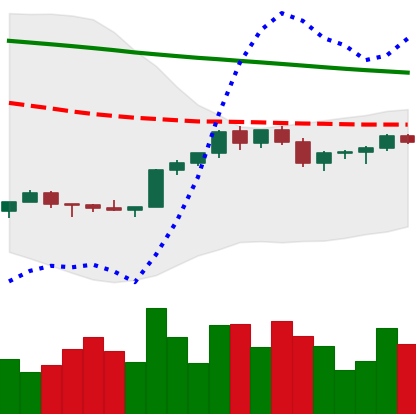
Ticker: XMR-USD
Chart end date: 2022-02-16
Forward return: -17.478%
Label: down_7plus